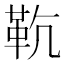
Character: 𩉳